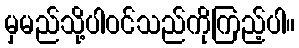
မှမည်သို့ပါဝင်သည်ကိုကြည့်ပါ။